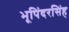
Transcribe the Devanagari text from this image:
भूपिंदरसिंह